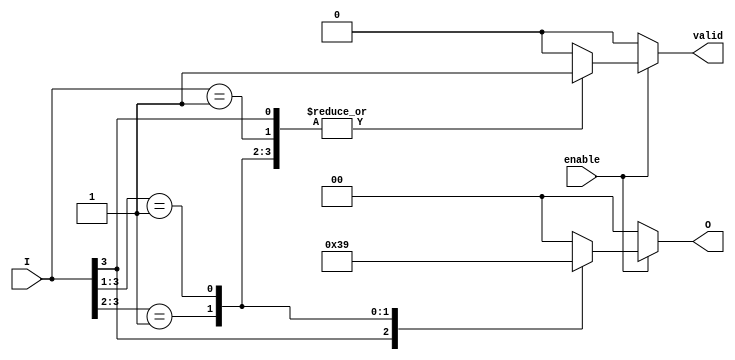
module priority_encoder (
    input wire [3:0] I,       // 4 input signals
    input wire enable,        // Enable signal
    output reg [1:0] O,       // 2-bit output for the encoded value
    output reg valid          // Output signal indicating a valid input
);

// Combinational logic to determine the output
always @(*) begin
    if (enable) begin
        casez (I)
            4'b1???: begin
                O = 2'b11; // I[3] is high
                valid = 1;
            end
            4'b01??: begin
                O = 2'b10; // I[2] is high
                valid = 1;
            end
            4'b001?: begin
                O = 2'b01; // I[1] is high
                valid = 1;
            end
            4'b0001: begin
                O = 2'b00; // I[0] is high
                valid = 1;
            end
            default: begin
                O = 2'b00; // Default case
                valid = 0; // No valid input
            end
        endcase
    end else begin
        O = 2'b00; // Output is zero when not enabled
        valid = 0; // No valid input
    end
end

endmodule